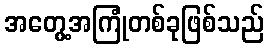
အတွေ့အကြုံတစ်ခုဖြစ်သည်